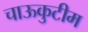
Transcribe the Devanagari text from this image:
चाऊकुटीम